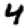
Digit: 4